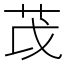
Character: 𫇮